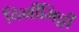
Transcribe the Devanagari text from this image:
चिनीमिट्टी